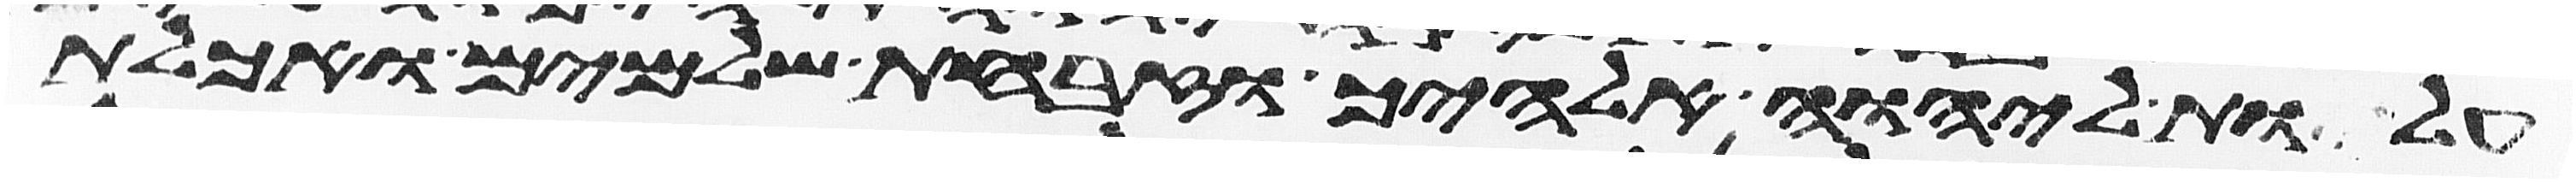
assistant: עלות ליהוה אלהיך וזבחת שלמים ואכלת